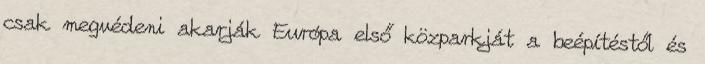
csak megvédeni akarják Európa első közparkját a beépítéstől és